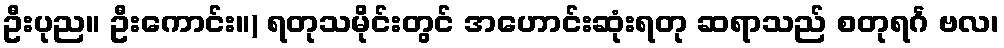
ဦးပုည။ ဦးကောင်း။) ရတုသမိုင်းတွင် အဟောင်းဆုံးရတု ဆရာသည် စတုရင်္ဂ ဗလ၊